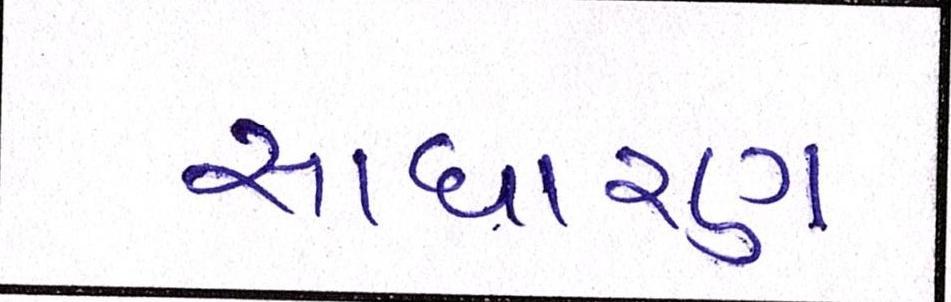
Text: સાધારણ